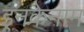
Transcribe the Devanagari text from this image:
इनकेनाम